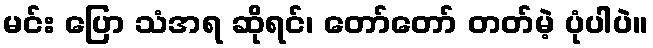
မင်း ပြော သံအရ ဆိုရင်၊ တော်တော် တတ်မဲ့ ပုံပါပဲ။